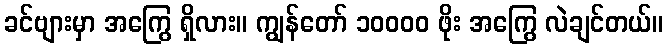
ခင်ဗျားမှာ အကြွေ ရှိလား။ ကျွန်တော် ၁၀၀၀၀ ဖိုး အကြွေ လဲချင်တယ်။